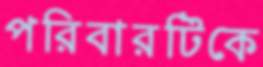
পরিবারটিকে